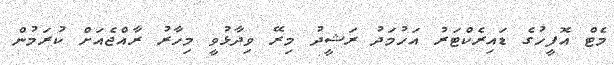
މެޓް އޮފީހުގެ ޑައިރެކްޓަރު އަހުމަދު ރަޝީދު މިރޭ ވިދާޅުވީ މިހާރު ރާއްޖެއަށް ކުރަމުން